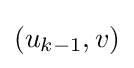
(u_{k-1},v)